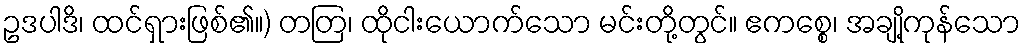
ဥဒပါဒိ၊ ထင်ရှားဖြစ်၏။) တတြ၊ ထိုငါးယောက်သော မင်းတို့တွင်။ ဧကစ္စေ၊ အချို့ကုန်သော